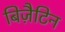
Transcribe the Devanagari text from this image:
बिज़ैटिन